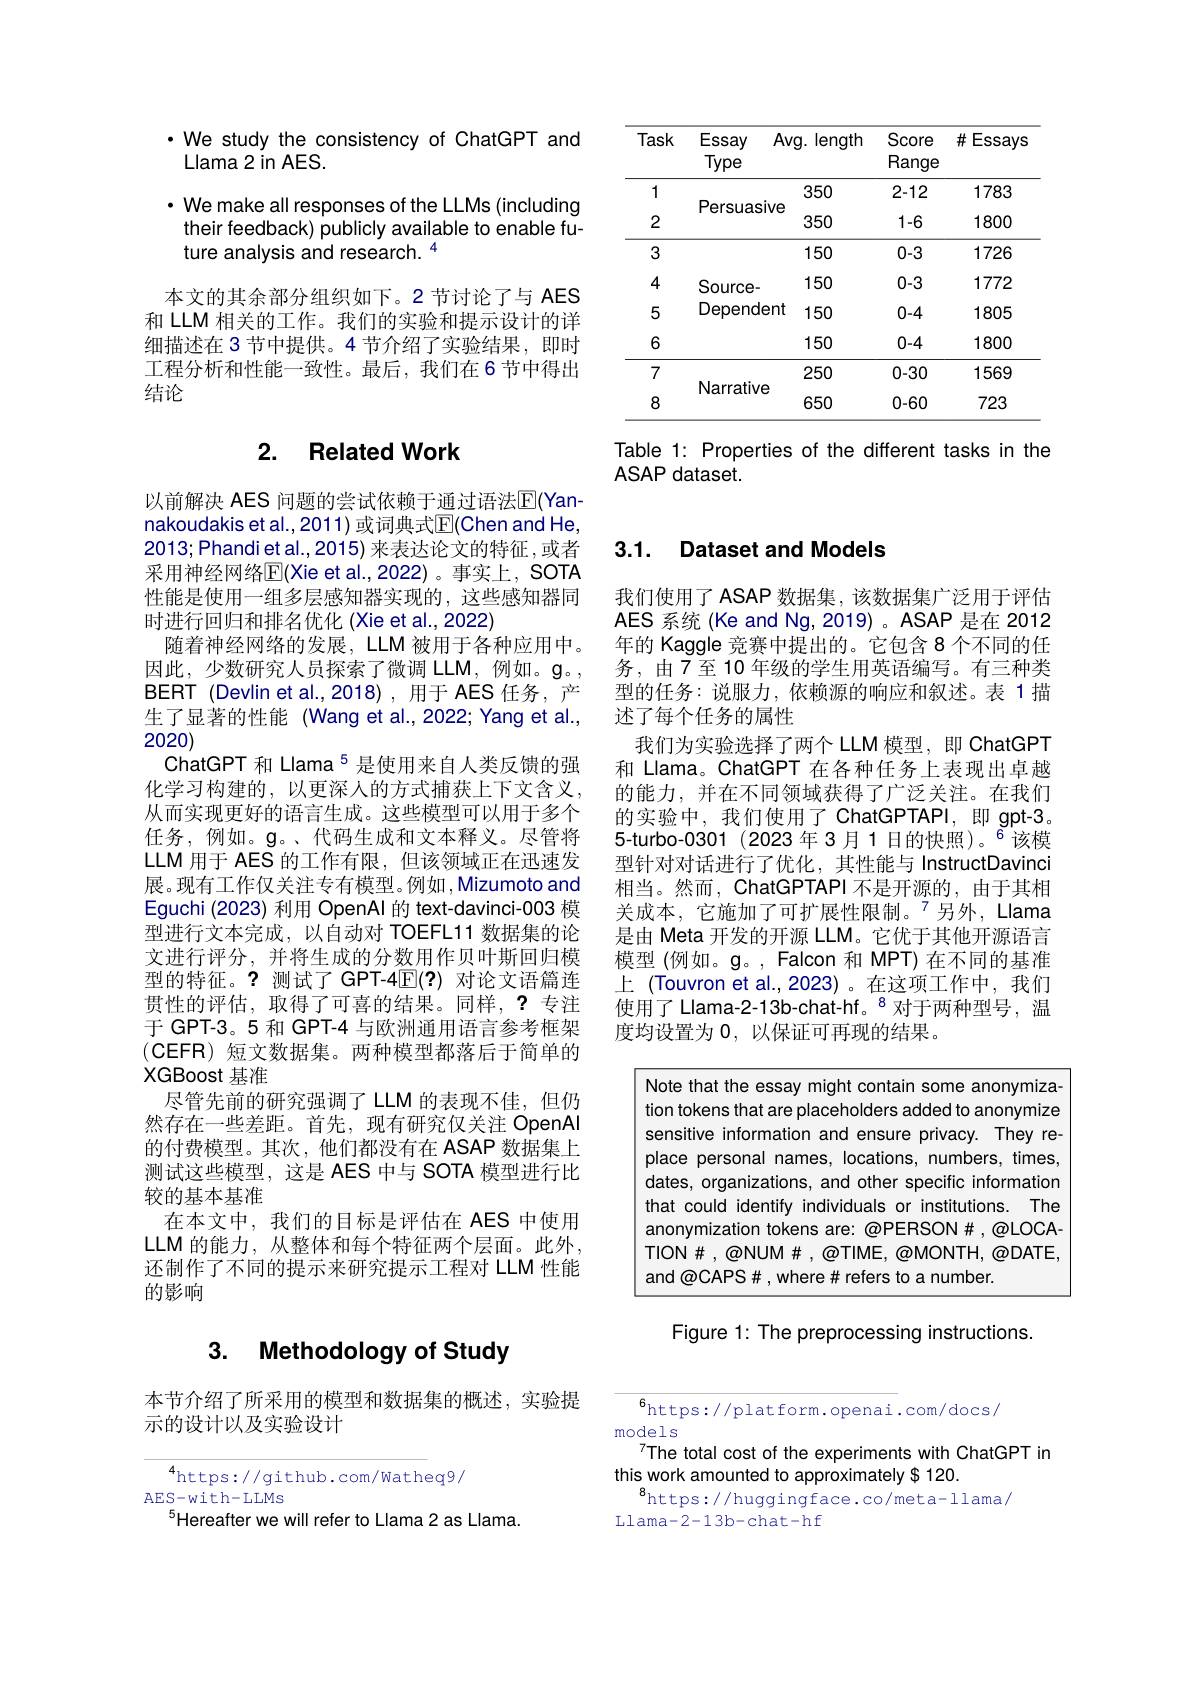
<table>
	<tbody>
		<tr>
			<th>Task</th>
			<th>Essay $A$ Type</th>
			<th>$/\mathbf{g}.$ length</th>
			<th>Score Range</th>
			<th>$\#Essays$</th>
		</tr>
		<tr>
			<td>1</td>
			<td> </td>
			<td>350</td>
			<td>2-12</td>
			<td>1783</td>
		</tr>
		<tr>
			<td>2</td>
			<td>Persuasive</td>
			<td>350</td>
			<td>1-6</td>
			<td>1800</td>
		</tr>
		<tr>
			<td>3</td>
			<td> </td>
			<td>150</td>
			<td>0-3</td>
			<td>1726</td>
		</tr>
		<tr>
			<td>4</td>
			<td>Source-</td>
			<td>150</td>
			<td>0-3</td>
			<td>1772</td>
		</tr>
		<tr>
			<td>5</td>
			<td>Dependent</td>
			<td>150</td>
			<td>0-4</td>
			<td>1805</td>
		</tr>
		<tr>
			<td>6</td>
			<td> </td>
			<td>150</td>
			<td>0-4</td>
			<td>1800</td>
		</tr>
		<tr>
			<td>7</td>
			<td>A</td>
			<td>250</td>
			<td>0-30</td>
			<td>1569</td>
		</tr>
		<tr>
			<td>8</td>
			<td>IVdIIdIVE</td>
			<td>650</td>
			<td>0-60</td>
			<td>723</td>
		</tr>
	</tbody>
</table>

Table 1: Properties of the different tasks in the
ASAP dataset.

·We study the consistency of ChatGPT and
Llama 2 in AES.

$\cdot$ We make all responses of the LLMs (including their feedback) publicly available to enable future analysis and research. 4

本文的其余部分组织如下。2节讨论了与 AES 和 LLM 相关的工作。我们的实验和提示设计的详细描述在 3 节中提供。4 节介绍了实验结果，即时工程分析和性能一致性。最后，我们在6节中得出结论

## 2. Related Work

以前解决 AES 问题的尝试依赖于通过语法$\overline{\mathrm{E}}($Yannakoudakis et al., 2011) 或词典式$\mathbb{E}(\mathbb{C}$hen and He, 2013;Phandietal.,2015) 来表达论文的特征，或者采用神经网络$\mathbb{E}($Xie et al.,2022)。事实上，SOTA 性能是使用一组多层感知器实现的，这些感知器同时进行回归和排名优化 (Xie et al.,2022)
随着神经网络的发展，LLM 被用于各种应用中。因此，少数研究人员探索了微调 LLM,例如。$\mathbf{g}$。, BERT (Devlin et al.,2018),用于 AES 任务，产生了显著的性能(Wangetal.,2022;Yangetal., 2020)
ChatGPT 和 Llama$^{5}$是使用来自人类反馈的强化学习构建的，以更深人的方式捕获上下文含义， 从而实现更好的语言生成。这些模型可以用于多个任务，例如。g。、代码生成和文本释义。尽管将LLM 用于 AES 的工作有限，但该领域正在迅速发展。现有工作仅关注专有模型。例如，Mizumoto and Eguchi (2023)利用 OpenAl 的 text-davinci-003 模型进行文本完成，以自动对 TOEFL11 数据集的论文进行评分，并将生成的分数用作贝叶斯回归模型的特征。? 测试了 GPT-4$\mathbb{E}(?)$对论文语篇连贯性的评估，取得了可喜的结果。同样，?专注于 GPT-3。5 和 GPT-4 与欧洲通用语言参考框架(CEFR) 短文数据集。两种模型都落后于简单的XGBoost 基准
尽管先前的研究强调了 LLM 的表现不佳，但仍然存在一些差距。首先，现有研究仅关注 OpenAl 的付费模型。其次，他们都没有在 ASAP 数据集上测试这些模型，这是 AES 中与 SOTA 模型进行比较的基本基准
在本文中，我们的目标是评估在 AES 中使用LLM 的能力，从整体和每个特征两个层面。此外， 还制作了不同的提示来研究提示工程对 LLM 性能的影响

## 3. Methodology of Study

本节介绍了所采用的模型和数据集的概述，实验提
示的设计以及实验设计

$^{4}$https://github.com/Watheq9/
AES- with- LLMs
$^{5}$Hereafter we will refer to Llama 2 as Llama.

### 3.1. Dataset and Models

我们使用了 ASAP 数据集，该数据集广泛用于评估AES 系统(Ke and Ng,2019)。ASAP 是在 2012年的 Kaggle 竞赛中提出的。它包含 8 个不同的任务，由7至10 年级的学生用英语编写。有三种类型的任务：说服力，依赖源的响应和叙述。表 1描述了每个任务的属性
我们为实验选择了两个 LLM 模型，即 ChatGPT 和 Llama。ChatGPT 在各种任务上表现出卓越的能力，并在不同领域获得了广泛关注。在我们的实验中，我们使用了 ChatGPTAPI,即 gpt-3。5-turbo-0301 (2023年3月1日的快照)。$^{6}$该模型针对对话进行了优化，其性能与 InstructDavinci 相当。然而，ChatGPTAPI 不是开源的，由于其相关成本，它施加了可扩展性限制。$^{7}$另外，Llama 是由 Meta 开发的开源 LLM。它优于其他开源语言模型(例如。g。, Falcon 和 MPT)在不同的基准上 (Touvron et al.,2023)。在这项工作中，我们使用了 Llama-2-13b-chat-hf。$^{8}$对于两种型号，温度均设置为0，以保证可再现的结果。

<FigureHere>

Figure 1: The preprocessing instructions.

$^{6}$https://platform.openai.com/docs/
models
The total cost of the experiments with ChatGPT in
this work amounted to approximately $ 120.
$^{8}$https://huggingface.co/meta-llama/
Llama-2-13b-chat-hf